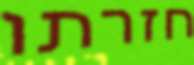
חזרתו